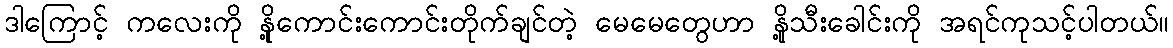
ဒါကြောင့် ကလေးကို နို့ကောင်းကောင်းတိုက်ချင်တဲ့ မေမေတွေဟာ နို့သီးခေါင်းကို အရင်ကုသင့်ပါတယ်။